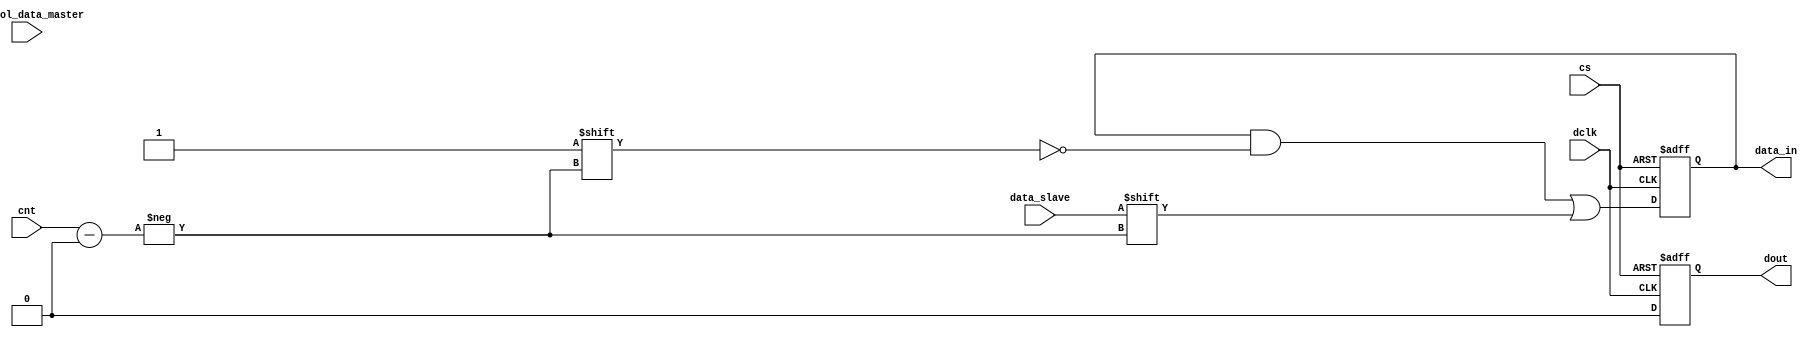
module  control_data_master (dout, dclk, cs, cnt, control_data_master, data_slave, data_in);

input              dclk;
input       [11:0] control_data_master;
input  wire [3:0]  cnt;
input  wire        cs;
input              data_slave;
output reg         dout;
output reg  [15:0] data_in;

always @(negedge dclk or posedge cs)
begin
	dout = control_data_master << 1;
	data_in[cnt] <= data_slave;
	if (cs)
	begin
		dout <= 0;
		data_in <= 0;
	end
end

endmodule